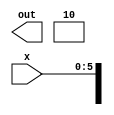
module Operation_1(
                   input [5:0] x,
                   output reg [11:0] out
);


always @(*)
    begin
out[11:10] = 2'b10;
out[9:6] = 4'bxxxx;
out[5:0] = x[5:0];
    end

endmodule